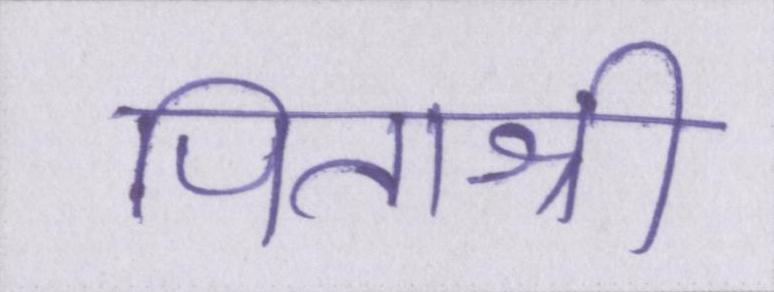
पिताश्री